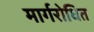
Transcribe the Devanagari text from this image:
मार्गरोधित